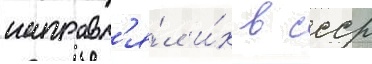
направл'я́л и́х в ссср